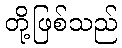
တို့ဖြစ်သည်